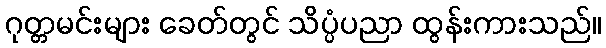
ဂုတ္တမင်းများ ခေတ်တွင် သိပ္ပံပညာ ထွန်းကားသည်။